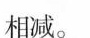
相减。